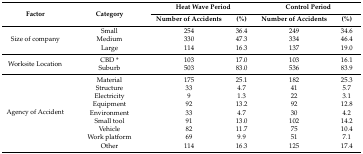
| <ROWSPAN=2> Factor | <ROWSPAN=2> Category | <COLSPAN=2> Heat Wave Period | <COLSPAN=2> Control Period |
 | Number of Accidents | (%) | Number of Accidents | (%) |
 | --- | --- | --- | --- | --- | --- |
 | <ROWSPAN=3> Size of company | Small | 254 | 36.4 | 249 | 34.6 |
 | Medium | 330 | 47.3 | 334 | 46.4 |
 | Large | 114 | 16.3 | 137 | 19.0 |
 | <ROWSPAN=2> Worksite Location | CBD * | 103 | 17.0 | 103 | 16.1 |
 | Suburb | 503 | 83.0 | 536 | 83.9 |
 | <ROWSPAN=9> Agency of Accident | Material | 175 | 25.1 | 182 | 25.3 |
 | Structure | 33 | 4.7 | 41 | 5.7 |
 | Electricity | 9 | 1.3 | 22 | 3.1 |
 | Equipment | 92 | 13.2 | 92 | 12.8 |
 | Environment | 33 | 4.7 | 30 | 4.2 |
 | Small tool | 91 | 13.0 | 102 | 14.2 |
 | Vehicle | 82 | 11.7 | 75 | 10.4 |
 | Work platform | 69 | 9.9 | 51 | 7.1 |
 | Other | 114 | 16.3 | 125 | 17.4 |